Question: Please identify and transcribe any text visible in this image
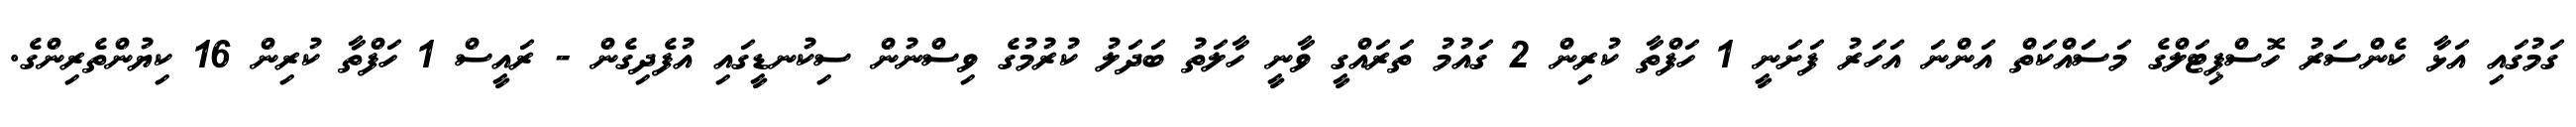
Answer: ގަމުގައި އަޅާ ކެންސަރު ހޮސްޕިޓަލްގެ މަސަައްކަތް އަންނަ އަހަރު ފަށަނީ 1 ހަފްތާ ކުރިން 2 ގައުމު ތަރައްގީ ވާނީ ހާލަތު ބަދަލު ކުރުމުގެ ވިސްނުން ސިކުނޑީގައި އުފެދިގެން - ރައީސް 1 ހަފްތާ ކުރިން 16 ކިޔުންތެރިންގެ.